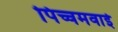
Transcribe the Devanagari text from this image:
पिच्चमवाई